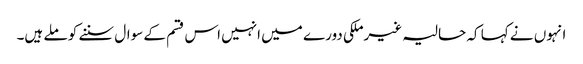
انہوں نے کہا کہ حالیہ غیرملکی دورے میں انہیں اس قسم کے سوال سننے کو ملے ہیں۔